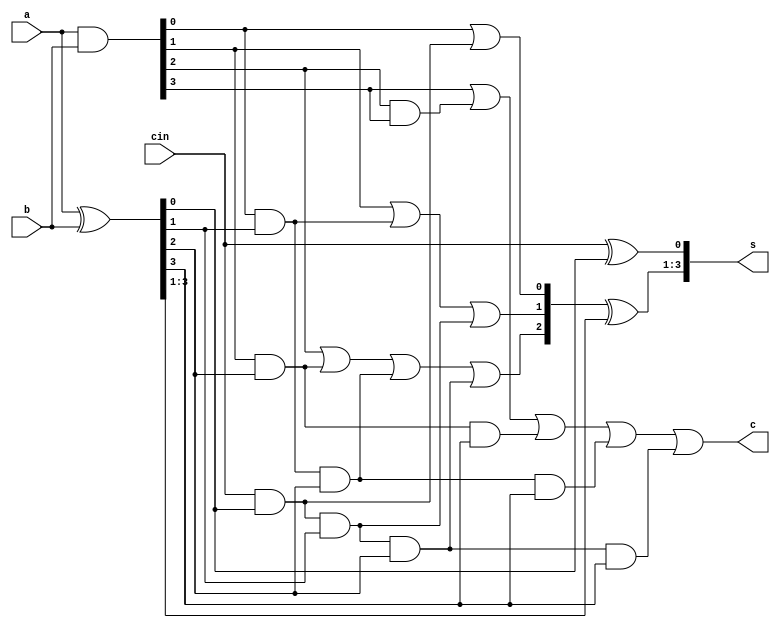
`timescale 1ns / 1ps
//////////////////////////////////////////////////////////////////////////////////
// Company: 
// Engineer: 
// 
// Design Name: 
// Module Name: clah_4
// Project Name: 
// Target Devices: 
// Tool Versions: 
// Description: 
// 
// Dependencies: 
// 
// Revision:
// Revision 0.01 - File Created
// Additional Comments:
// 
//////////////////////////////////////////////////////////////////////////////////

module clah_4(a,b,cin,s,c);
input [3:0]a,b;
input cin;
output reg [3:0]s;
output c;
reg [3:0]c1;
reg [3:0]g,p;

always @(*)

    begin
    g<=a&b;
    p<=a^b;
    c1[0]<=g[0] | cin&p[0];
    c1[1]<=g[1] | g[0]&p[1] | cin&p[0]&p[1];
    c1[2]<=g[2] | g[1]&p[2] | g[0]&p[1]&p[2] | cin&p[0]&p[1]&p[2];
    c1[3]<=g[3] | g[2]&g[3] | g[1]&p[2]&p[3] | g[0]&p[1]&p[2]&p[3] | cin&p[0]&p[1]&p[2]&p[3];
    s[0]<=cin^p[0];
    s[3:1] <= c1[2:0] ^ p[3:1];
    
    
 
    end
    assign c=c1[3];
endmodule